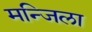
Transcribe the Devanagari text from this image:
मन्जिला